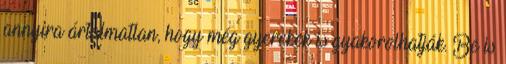
annyira ártalmatlan, hogy még gyerekek is gyakorolhatják. Be is